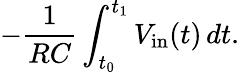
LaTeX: -{\frac{1}{RC}}\int_{t_{0}}^{t_{1}}V_{\mathrm{in}}(t)\, dt.